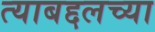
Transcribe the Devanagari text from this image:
त्याबद्दलच्या